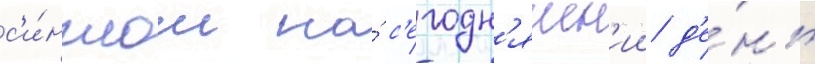
с'и́нглом на́ с'егодн'яшн'ии д'е́нь